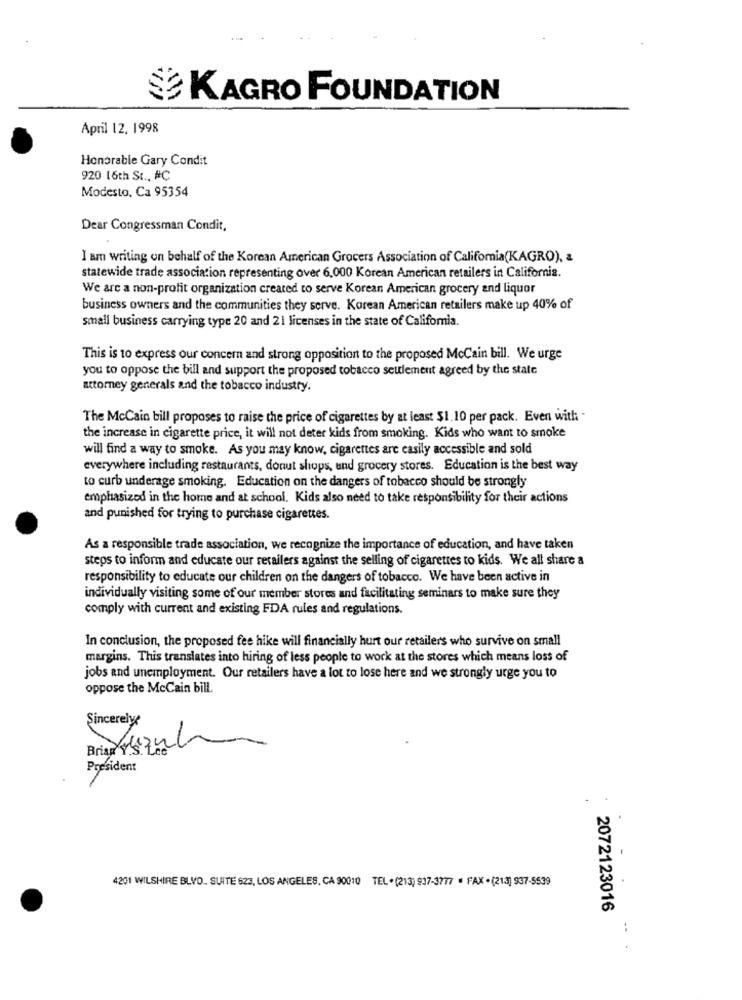
KAGRO FOUNDATION
April 12. 1998
Honorable Gary Condit
920 16th St ., #C
Modesto, Ca 95354
Dear Congressman Condit,
I am writing on behalf of the Korean American Grocers Association of California(KAGRO), &
statewide trade association representing over 6,000 Korean American retailers in California.
We are a non-profit organization created to serve Korean American grocery and liquor
business owners and the communities they serve. Korean American retailers make up 40% of
small business carrying type 20 and 21 licenses in the state of California.
This is to express our concern and strong opposition to the proposed McCain bill. We urge
you to oppose the bill and support the proposed tobacco seulement agreed by the state
attorney generals and the tobacco industry.
The McCain bill proposes to raise the price of cigarettes by at least $1.10 per pack. Even with -
the increase in cigarette price, it will not deter kids from smoking. Kids who want to smoke
will find a way to smoke. As you may know, cigarettes are easily accessible and sold
everywhere including restaurants, donut shops, und grocery stores. Education is the best way
to curb underage smoking. Education on the dangers of tobacco should be strongly
emphasized in the home and at school. Kids also need to take responsibility for their actions
and punished for trying to purchase cigarettes.
As a responsible trade association, we recognize the importance of education, and have taken
steps to inform and educate our retailers against the selling of cigarettes to kids. We all share a
responsibility to educate our children on the dangers of tobacco. We have been active in
individually visiting some of our member stores and facilitating seminars to make sure they
comply with current and existing FDA rules and regulations.
In conclusion, the proposed fee hike will financially hurt our retailers who survive on small
margins. This translates into hiring of less people to work at the stores which means loss of
jobs and unemployment. Our retailers have a lot to lose here and we strongly urge you to
oppose the McCain bill.
Sincerely:
Brian sz21
President
4201 WILSHIRE BLVD_ SUITE 623, LOS ANGELES, CA 90010 TEL .(213) 937-3777 . FAX . (213) 937-5539
2072123016
..